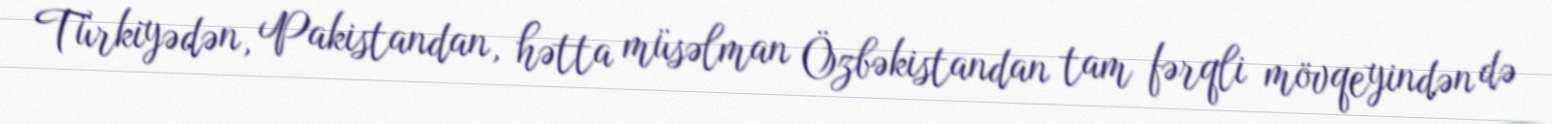
Türkiyədən, Pakistandan, hətta müsəlman Özbəkistandan tam fərqli mövqeyindən də